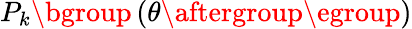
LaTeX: P_{k}\mathopen{}\mathclose\bgroup\left(\theta\aftergroup\egroup\right)